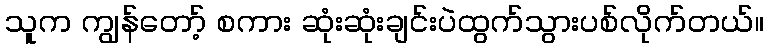
သူက ကျွန်တော့် စကား ဆုံးဆုံးချင်းပဲထွက်သွားပစ်လိုက်တယ်။